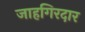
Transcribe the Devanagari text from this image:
जाहगिरदार